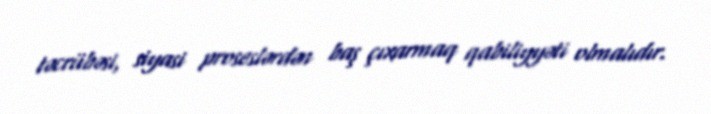
təcrübəsi, siyasi proseslərdən baş çıxarmaq qabiliyyəti olmalıdır.